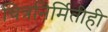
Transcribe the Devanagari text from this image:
चित्रनिर्मितीही